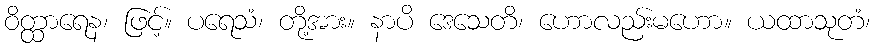
ဝိတ္ထာရေန၊ ဖြင့်။ ပရေသံ၊ တို့အား။ နာပိ ဒေသေတိ၊ ဟောလည်းမဟော။ ယထာသုတံ၊